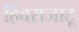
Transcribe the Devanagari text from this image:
हिवराजाटू